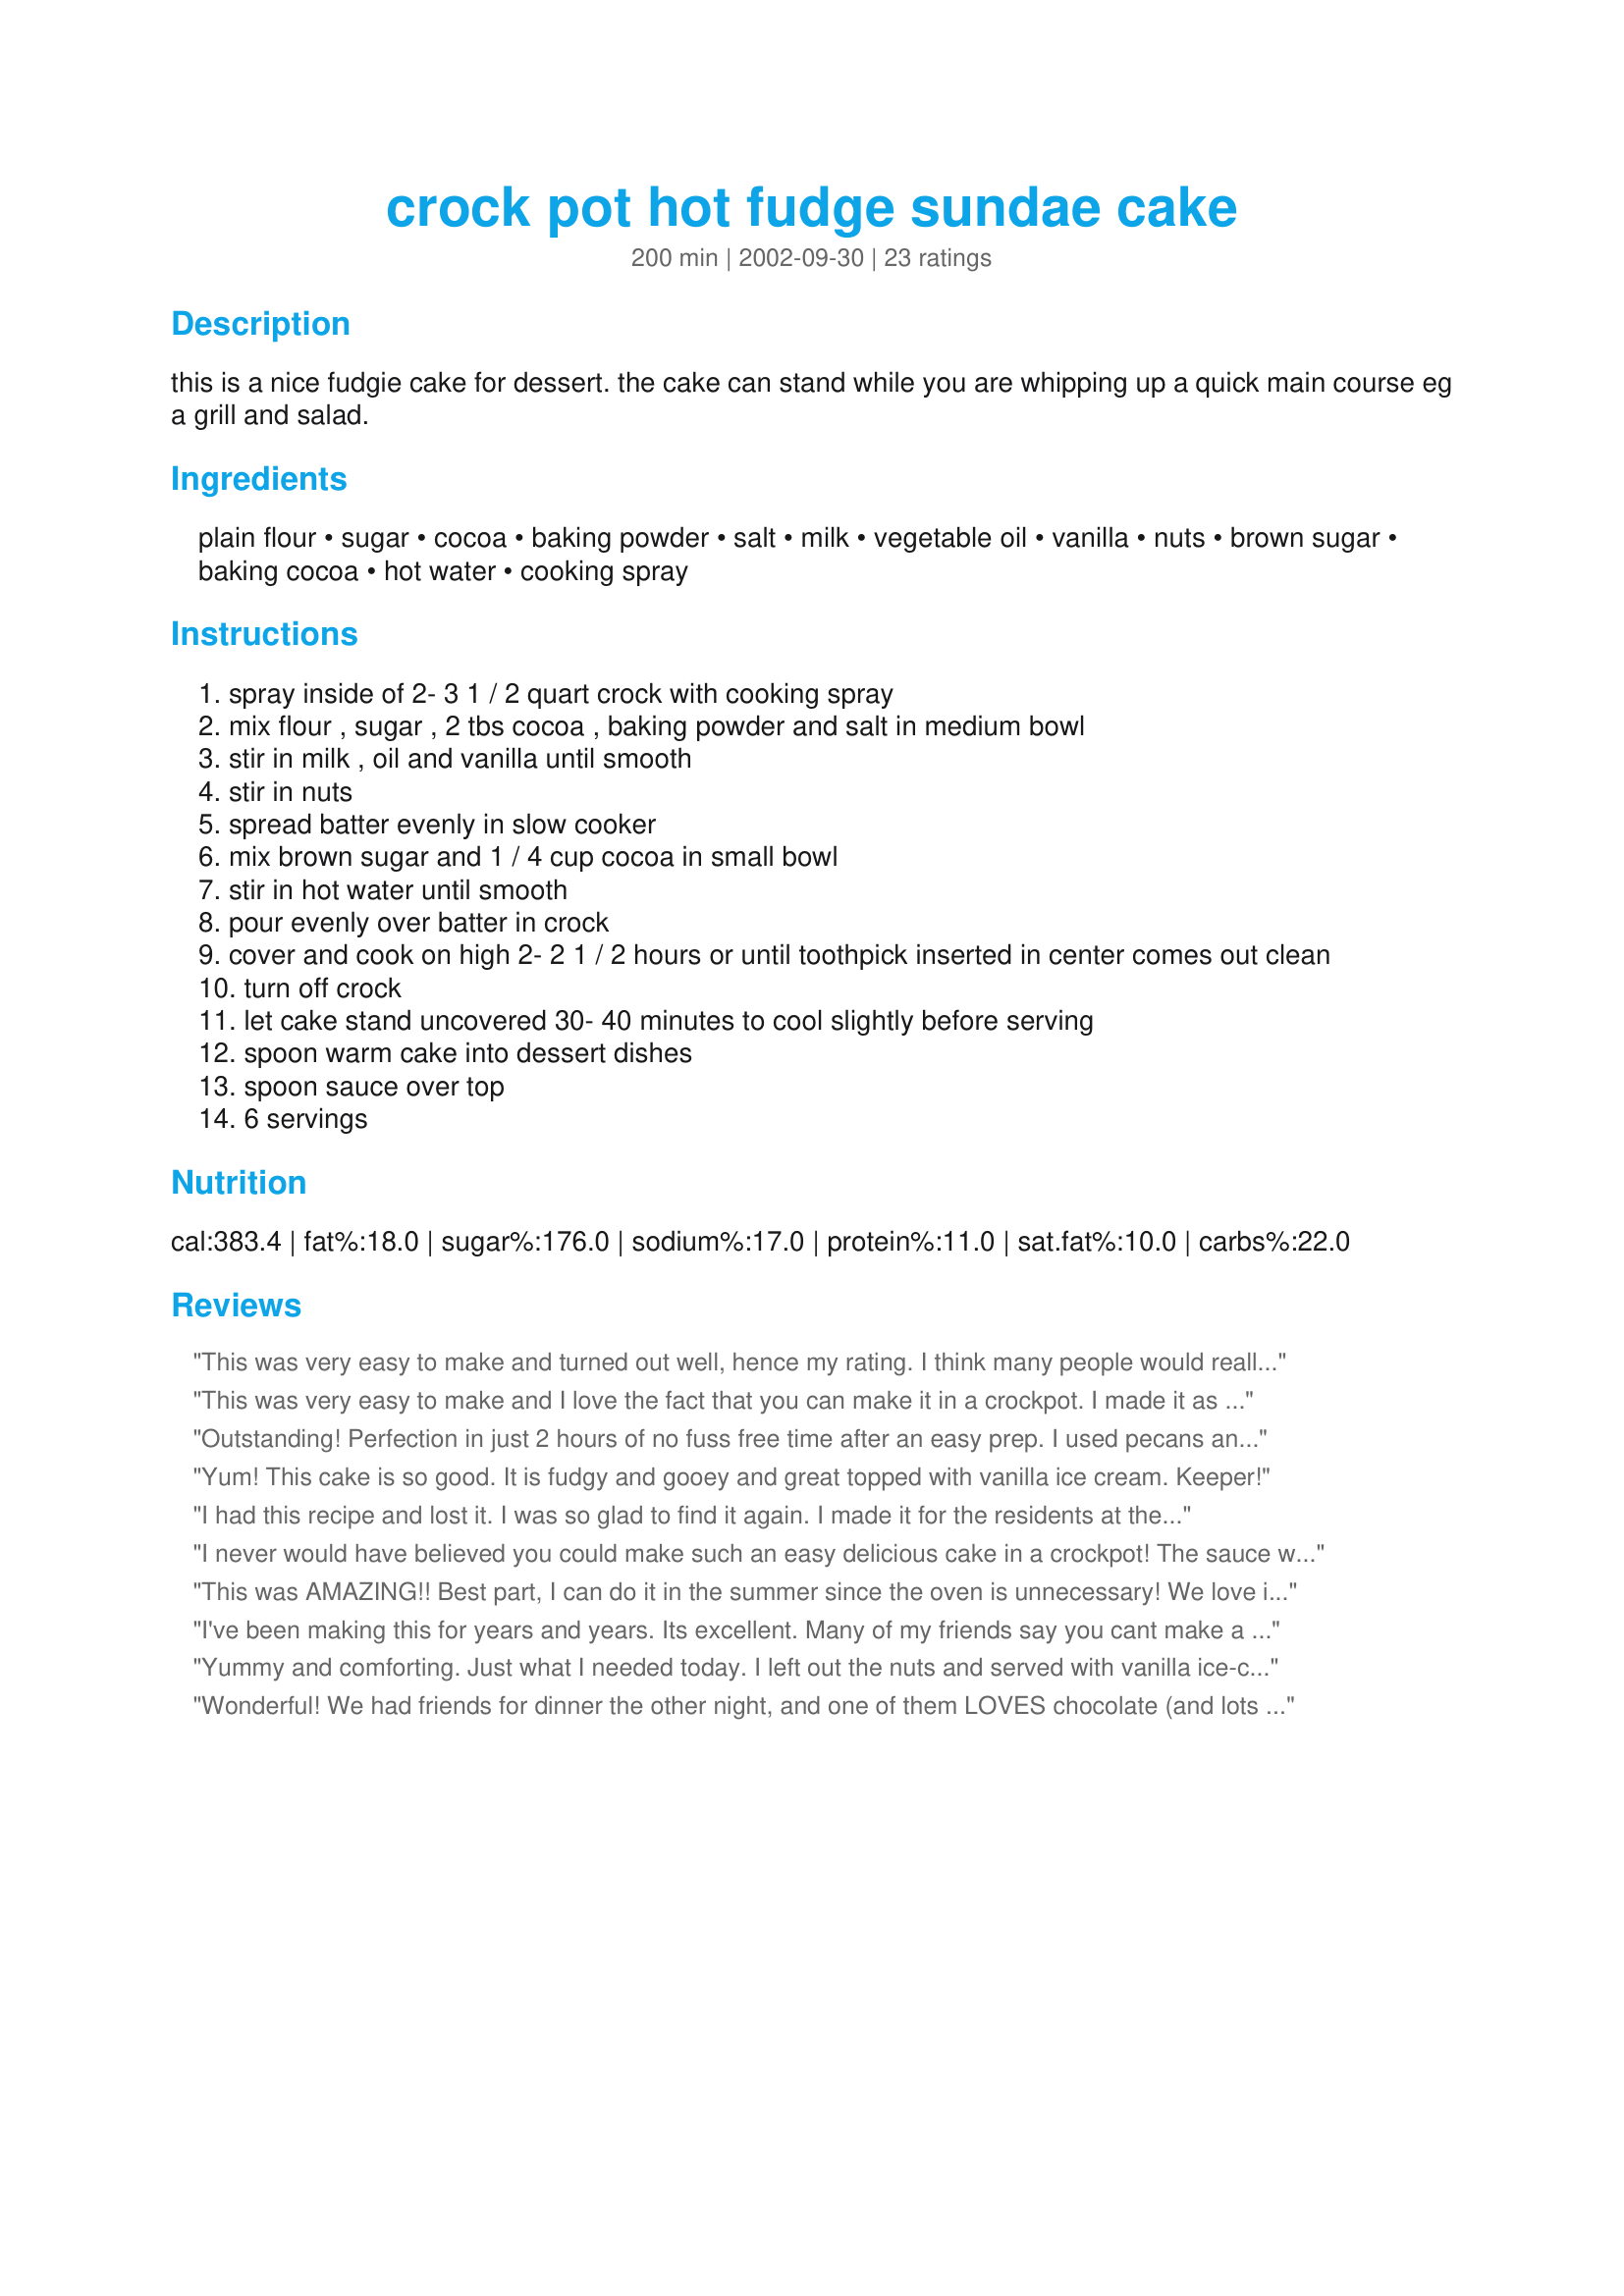
crock pot hot fudge sundae cake
Preparation time: 200 minutes

this is a nice fudgie cake for dessert. the cake can stand while you are whipping up a quick main course eg a grill and salad.

Ingredients:
plain flour, sugar, cocoa, baking powder, salt, milk, vegetable oil, vanilla, nuts, brown sugar, baking cocoa, hot water, cooking spray

Steps:
spray inside of 2- 3 1 / 2 quart crock with cooking spray
mix flour , sugar , 2 tbs cocoa , baking powder and salt in medium bowl
stir in milk , oil and vanilla until smooth
stir in nuts
spread batter evenly in slow cooker
mix brown sugar and 1 / 4 cup cocoa in small bowl
stir in hot water until smooth
pour evenly over batter in crock
cover and cook on high 2- 2 1 / 2 hours or until toothpick inserted in center comes out clean
turn off crock
let cake stand uncovered 30- 40 minutes to cool slightly before serving
spoon warm cake into dessert dishes
spoon sauce over top
6 servings

Reviews:
This was very easy to make and turned out well, hence my rating. I think many people would really like this recipe, however my DH and I found it not to be our taste and will likely not make it again.
This was very easy to make and I love the fact that you can make it in a crockpot. I made it as directed except that I used a 5qt. crockpot. It wasn't as sweet as I had hoped, but was good paired with some vanilla icecream. Thanks for posting, Chrissy!
Outstanding! Perfection in just 2 hours of no fuss free time after an easy prep. I used pecans and half milk, half yogurt. We had company staying and I made it 2 days in a row because it went over so well. I won't be without this recipe.
Yum! This cake is so good. It is fudgy and gooey and great topped with vanilla ice cream. Keeper!
I had this recipe and lost it. I was so glad to find it again. I made it for the residents at the assisted living I work. The smell of it cooking made everyone want to try some. We served it with ice cream and they just loved it!!! Now they want me to fix it every week. Thank You for posting this wonderful recipe.
I never would have believed you could make such an easy delicious cake in a crockpot! The sauce was the perfect compliment to this rich and fudgey cake. I prepared as directed, only using my 5 1/2 Qt. crockpot which still took 2 hours to cook. Vanilla ice cream would be perfect with this cake. Thank you Chrissy, for such a simple and simply delicious treat!
This was AMAZING!! Best part, I can do it in the summer since the oven is unnecessary! We love it and make it in the summer a lot. Thanks for the great recipe!
I've been making this for years and years. Its excellent. Many of my friends say you cant make a cake in a crock pot and I have to make this one just to prove them wrong. Its an absolute wonder. Yumm-o! I think im gonna make it tonight. Thanks for sharing this wonderful recipe
Yummy and comforting. Just what I needed today. I left out the nuts and served with vanilla ice-cream. There was a generous amount of sauce and mine was cooked in 2 hours. Thanks Chrissy!
Wonderful! We had friends for dinner the other night, and one of them LOVES chocolate (and lots of it!) So I made this. It wasn't too big, not too small, a perfect size for the 5 of us eating.

I was a bit concerned putting the very watery mixture on top of the batter, but it was perfect. Thank you for the recipe!
This was really good and easy. I was looking for a simple chocolate dessert and one that didn't need an oven as it was just too hot here. I also used just 1/2 cup of brown sugar and served it with ice cream. Thanks Chrissy :)
What a wonderful dessert! A light, dark chocolate cake with a rich creamy sauce (on the bottom). Even though I don't usually eat dessert, I'd rate this 6 stars if I could, because of it's ease and taste! It would be a great take-along dessert to a potluck supper. 
Using a 1-1/2 quart crock pot, I made only 1/2 of the recipeand cooked it 2 hours. It turned out perfectly, although I had a little more rich sauce that I thought necessary. 
Next time, I'll make the whole cake recipe and only 1/2 of the sauce recipe...and serve with vanilla ice cream.

Your recipe woulld be much more clear, if you put SAUCE, then ingredients list, and CAKE, followed by ingredients list. And let people know that the sauce ends up on the bottom, as many people may wonder when making it the first time.
Thanks for sharing this great crock pot recipe.
Loved it! I made this for my son's birthday cake, everyone loved it! It was an unexpected change of pace for a birthday party. Thank you!
Made this cake when we had guests over for a bbq dinner. It was really great, and no leftovers!! I only wish I'd had some vanilla ice cream to serve with it. Thank you for posting!! : )
Very easy to make and quite delicious. When serving, I put a piece of warm cake into a bowl, covered it with 2 scoops of vanilla ice cream, then spooned the sauce over the both. A great dessert. Thanks for posting.
We didn't care for this one. It burns the back of your throat (not from heat!). It tasted burned and I turned off my crock after 1 1/2 hours. The sauce was thick and like a pudding, and the cake was doughy. I have made recipe #50331 CP Chocolate Mud cake several times in the same CP, and it tastes better. The kids said this only gets 1 star for a last resort when you don't have butter or chocolate chips, but I was asked NOT to make this one again. Sorry Chrissyo.
Delicious!! I was not sure how chocolaty this would be and had 1 cup left in a bag of semi-sweet chocolate chips, so I threw them in the cake batter before putting it in the crockpot. OH WOW was this decadent tasting!!
This was nice a chocolatey BUT was more the dense consistency of bread pudding instead of cake. Unfortunately I don't care for the texture of bread pudding but my family loved it regardless.
Good cake!!!!
Thanks Chrissy,This cake is very good,not hard to make,and I am a chocoholic,so this is a very tasty addiction.But You Do need to let people know the SAUCE is on the bottom,i kept wandering if I had not read the recipe right,but when I ran my knife around the edges to loosen it ,I found the Sauce,It is Delicious too,I love anything that tastes like fudge.Thanks again,
Darlene Summers
I've done a dish like this in the oven and it was good too. This, however, was great using the crockpot. Freed up the oven for other things and still gave us a great dessert. I served this with a bit of whip cream.
This turned out identical to a family favorite that I do in the oven, which is great!!! Now I will be able to put it on and walk away. Because of the similarities to the recipe I've traditionally used, I knew the pudding-like sauce would end up on the bottom (the cake floats up as it bakes). We dish it up, flipping the cake upside down into our serving dishes and then spoon some of the sauce over it. It turns out rich and moist...will definitely assuage a chocolate attack...Thanks for sharing this Chrissy!!!
Very quick and easy to make. Only just bought a crockpot and never would have thought such a great choc fudge cake could be made in a crockpot. Delicious!
This was delicious and gets extra credit for being so simple. I made this back in the summer when it was terribly hot, so I especially liked that it was made in the crock-pot. I reduced the cook time a bit, since my small crock-pot tends to run hot. Thanks for posting, Chrissy!
